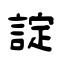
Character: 諚